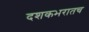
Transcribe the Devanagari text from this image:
दशकभरातच